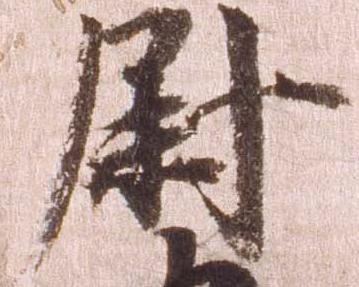
尉